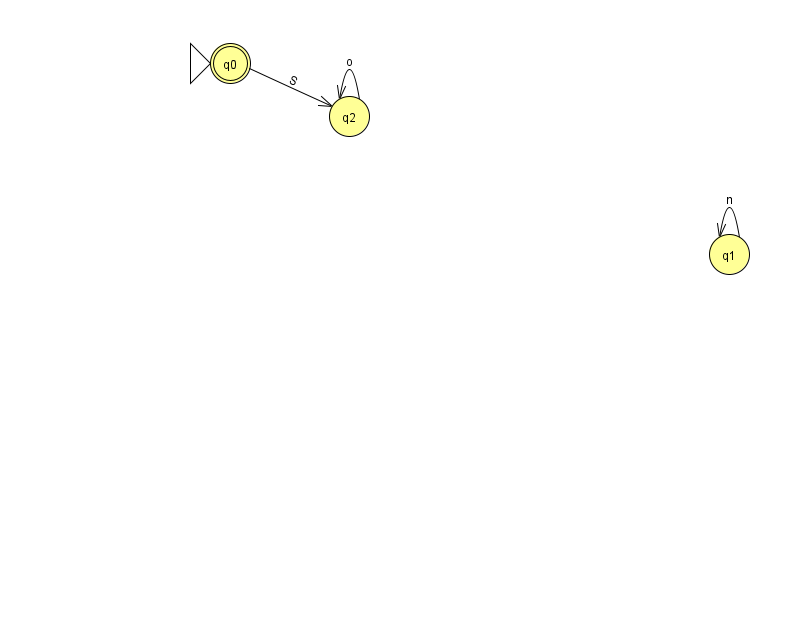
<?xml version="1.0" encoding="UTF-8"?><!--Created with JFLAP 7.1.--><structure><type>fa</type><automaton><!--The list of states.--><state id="0" name="q0"><x>230.0</x><y>50.0</y><initial/><final/></state><state id="1" name="q1"><x>729.0</x><y>241.0</y></state><state id="2" name="q2"><x>349.0</x><y>103.0</y></state><!--The list of transitions.--><transition><from>0</from><to>2</to><read>S</read></transition><transition><from>1</from><to>1</to><read>n</read></transition><transition><from>2</from><to>2</to><read>o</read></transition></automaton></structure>